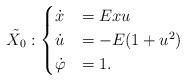
LaTeX: \begin{align*}\tilde {X_0} :\begin{cases}\dot x &= Exu \\\dot u &= -E(1+u^2) \\\dot \varphi &= 1.\end{cases}\end{align*}